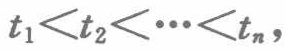
\(t_{1}<t_{2}<\cdots<t_{n},\)